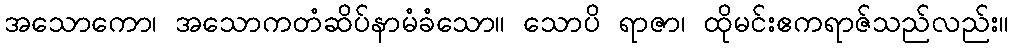
အသောကော၊ အသောကတံဆိပ်နာမံခံသော။ သောပိ ရာဇာ၊ ထိုမင်းဧကရာဇ်သည်လည်း။